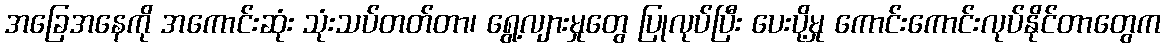
အခြေအနေကို အကောင်းဆုံး သုံးသပ်တတ်တာ၊ ရွေ့လျားမှုတွေ ပြုလုပ်ပြီး ပေးပို့မှု ကောင်းကောင်းလုပ်နိုင်တာတွေက